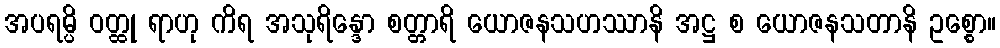
အပရမ္ပိ ဝတ္ထု ရာဟု ကိရ အသုရိန္ဒော စတ္တာရိ ယောဇနသဟဿာနိ အဋ္ဌ စ ယောဇနသတာနိ ဥစ္စော။